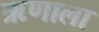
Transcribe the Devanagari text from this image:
ऋणाला